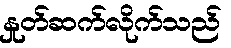
နှုတ်ဆက်လိုက်သည်